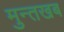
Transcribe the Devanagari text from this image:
मुन्तखब